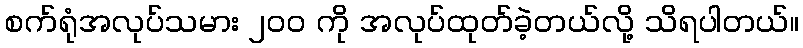
စက်ရုံအလုပ်သမား ၂၀၀ ကို အလုပ်ထုတ်ခဲ့တယ်လို့ သိရပါတယ်။